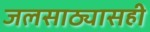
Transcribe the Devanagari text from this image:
जलसाठ्यासही